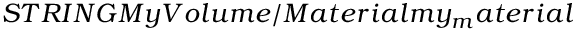
S T R I N G M y V o l u m e / M a t e r i a l m y _ { m } a t e r i a l